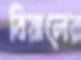
বিয়ালের